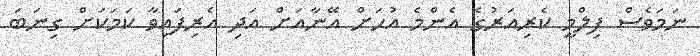
ނަމަވެސް ފިލްމީ ކެރިއަރުގެ އެންމެ އުހަށް އޭނާއަށް އަދި އެރިފައިވާ ކަމަކަށް ގިނަބަ